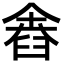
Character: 𦥴